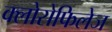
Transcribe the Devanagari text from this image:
क्लोरोफिलेज